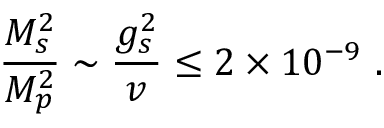
{ \frac { M _ { s } ^ { 2 } } { M _ { p } ^ { 2 } } } \sim { \frac { g _ { s } ^ { 2 } } { v } } \leq 2 \times 1 0 ^ { - 9 } \ .